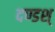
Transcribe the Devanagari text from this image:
दण्डश्